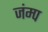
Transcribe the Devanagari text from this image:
जंम्प